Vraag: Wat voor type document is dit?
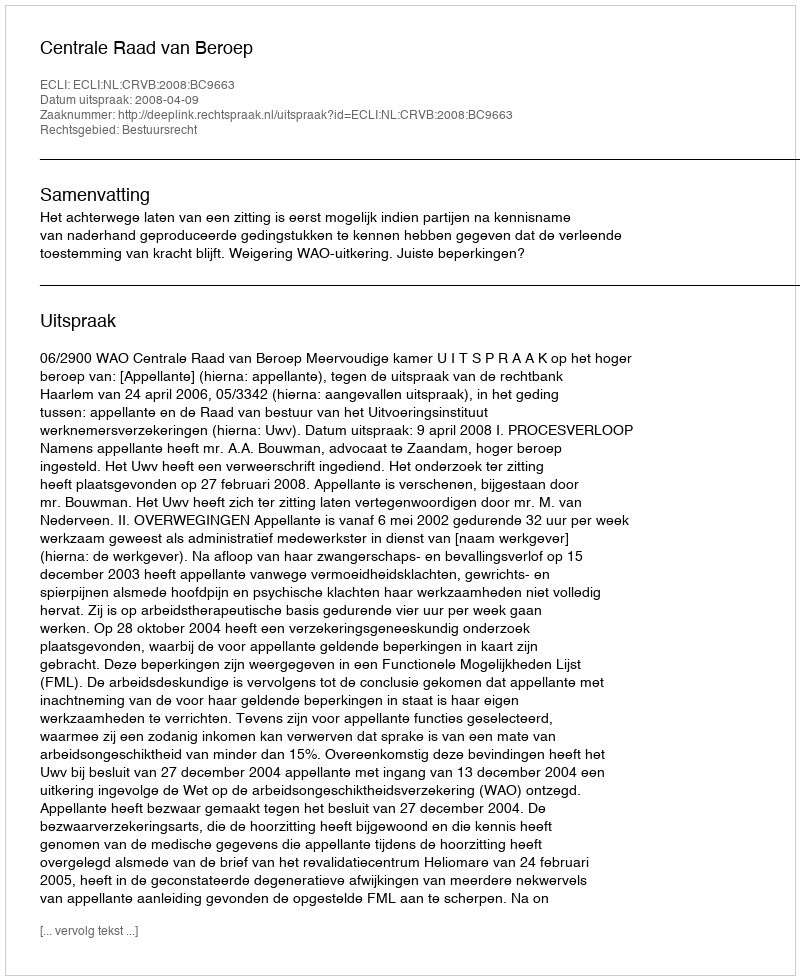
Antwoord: Uitspraak